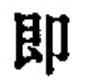
即